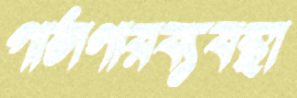
পাঠাগারব্যবস্থা